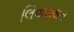
લિવાયથન